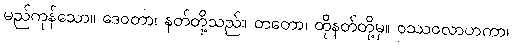
မည်ကုန်သော။ ဒေဝတာ၊ နတ်တို့သည်။ တတော၊ ထိုနတ်တို့မှ။ ဝဿဝလာဟကာ၊